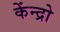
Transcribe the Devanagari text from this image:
केंन्द्रो